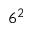
6 ^ { 2 }